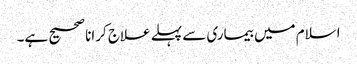
اسلام میں بیماری سے پہلے علاج کرانا صحیح ہے۔